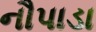
નૌપાડા